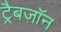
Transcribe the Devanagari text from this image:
ट्रैबज़ॉन